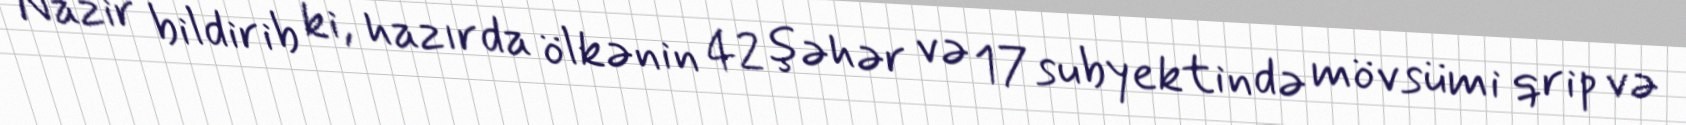
Nazir bildirib ki, hazırda ölkənin 42 şəhər və 17 subyektində mövsümi qrip və